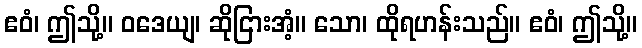
ဧဝံ၊ ဤသို့။ ဝဒေယျ၊ ဆိုငြားအံ့။ သော၊ ထိုရဟန်းသည်။ ဧဝံ၊ ဤသို့။